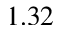
1 . 3 2